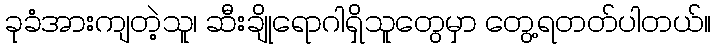
ခုခံအားကျတဲ့သူ၊ ဆီးချိုရောဂါရှိသူတွေမှာ တွေ့ရတတ်ပါတယ်။